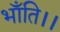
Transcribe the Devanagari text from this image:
भाँति।।